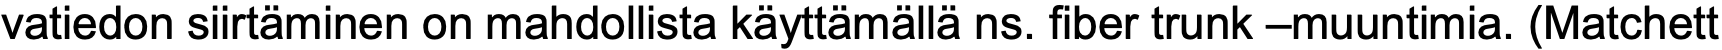
vatiedon siirtäminen on mahdollista käyttämällä ns. fiber trunk –muuntimia. (Matchett